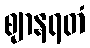
ဈာနရတံ